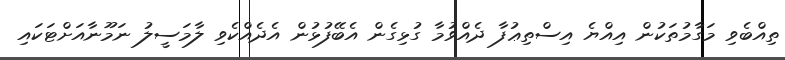
ތިއްބެވި މަގާމުތަކުން އިއްޔެ އިސްތިޢުފާ ދެއްވުމާ ގުޅިގެން އެބޭފުޅުން އެދެއްކެވި ލާމަސީލު ނަމޫނާއަށްޓަކައި